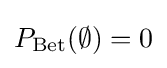
P_{\text{Bet}}(\emptyset )=0\,\!